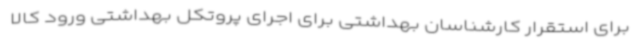
برای استقرار کارشناسان بهداشتی برای اجرای پروتکل بهداشتی ورود کالا